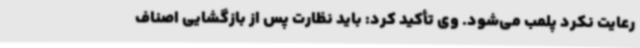
رعایت نکرد پلمب می‌شود. وی تأکید کرد: باید نظارت پس از بازگشایی اصناف